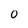
Character: 0